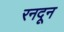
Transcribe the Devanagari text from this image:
रनदून